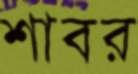
শাবর